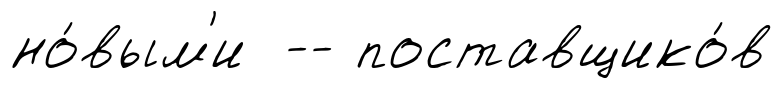
но́вым'и -- поставщико́в